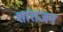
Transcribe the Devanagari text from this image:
शांतजन